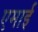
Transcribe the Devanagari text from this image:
एमाई